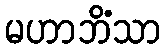
မဟာဘိံသာ